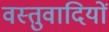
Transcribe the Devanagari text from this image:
वस्तुवादियों